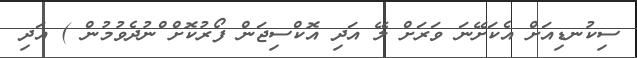
ސިކުނޑިއަށް އެކަށޭނަ ވަރަށް ލޭ އަދި އޮކްސިޖަން ފޯރުކޮށް ްނުދެވުމުން ) އަދި